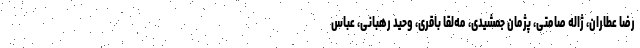
رضا عطاران، ژاله صامتی، پژمان جمشیدی، مه‌لقا باقری، وحید رهبانی، عباس